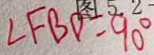
\angle F B D = 9 0 ^ { \circ }